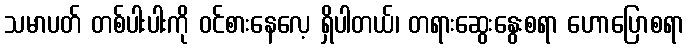
သမာပတ် တစ်ပါးပါးကို ဝင်စားနေလေ့ ရှိပါတယ်၊ တရားဆွေးနွေးစရာ ဟောပြောစရာ